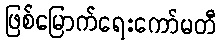
ဖြစ်မြောက်ရေးကော်မတီ